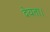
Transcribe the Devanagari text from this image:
देयता।